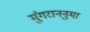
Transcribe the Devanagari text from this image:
मुंगराननुमा